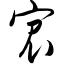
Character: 宸